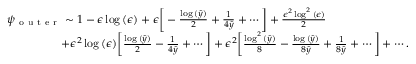
\begin{array} { r } { \psi _ { \mathrm { ~ o ~ u ~ t ~ e ~ r ~ } } \sim 1 - \epsilon \log { ( \epsilon ) } + \epsilon \bigg [ - \frac { \log { ( \hat { y } ) } } { 2 } + \frac { 1 } { 4 \hat { y } } + \cdots \bigg ] + \frac { \epsilon ^ { 2 } \log ^ { 2 } { ( \epsilon ) } } { 2 } \qquad \qquad \qquad \quad } \\ { + \epsilon ^ { 2 } \log { ( \epsilon ) } \bigg [ \frac { \log { ( \hat { y } ) } } { 2 } - \frac { 1 } { 4 \hat { y } } + \cdots \bigg ] + \epsilon ^ { 2 } \bigg [ \frac { \log ^ { 2 } { ( \hat { y } ) } } { 8 } - \frac { \log { ( \hat { y } ) } } { 8 \hat { y } } + \frac { 1 } { 8 \hat { y } } + \cdots \bigg ] + \cdots . } \end{array}